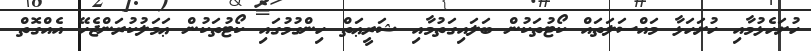
ހުށަހެޅުމާއި ހުށަހަޅާ މައްސަލަތައް ކޯޓުތަކުން ބަލައިގަތުމާއި ޝަރީޢަތް ހިންގުމުގައި ކޯޓުތަކުން ޢަމަލުކުރަންޖެހޭ އެއްގޮތް